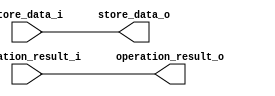
// SPDX-FileCopyrightText: 2020 Efabless Corporation
//
// Licensed under the Apache License, Version 2.0 (the "License");
// you may not use this file except in compliance with the License.
// You may obtain a copy of the License at
//
//      http://www.apache.org/licenses/LICENSE-2.0
//
// Unless required by applicable law or agreed to in writing, software
// distributed under the License is distributed on an "AS IS" BASIS,
// WITHOUT WARRANTIES OR CONDITIONS OF ANY KIND, either express or implied.
// See the License for the specific language governing permissions and
// limitations under the License.
// SPDX-License-Identifier: Apache-2.0


`default_nettype none
//-----------------------------------------------------
// Project Name : a.out
// Function     : Main processor 
// Description  : This is the main processor
// Coder        : Jaquer AND VORIXO

//***Headers***
//***Module***
module decoder_output #(
        parameter integer WORD_SIZE = 32
    )
    (
        `ifdef USE_POWER_PINS
        inout wire vdda1,	// User area 1 3.3V supply
        inout wire vdda2,	// User area 2 3.3V supply
        inout wire vssa1,	// User area 1 analog ground
        inout wire vssa2,	// User area 2 analog ground
        inout wire vccd1,	// User area 1 1.8V supply
        inout wire vccd2,	// User area 2 1.8v supply
        inout wire vssd1,	// User area 1 digital ground
        inout wire vssd2,	// User area 2 digital ground
        `endif
        input  wire [1 : 0] operation_result_i ,
        input  wire [WORD_SIZE - 1 : 0] store_data_i ,
        output wire [1 : 0] operation_result_o ,
        output wire [WORD_SIZE - 1 : 0] store_data_o 
    );

//***Internal logic generated by compiler***  
    

//***Dumped Internal logic***
    assign operation_result_o = operation_result_i;
    assign store_data_o = store_data_i;

    
//***Handcrafted Internal logic*** 
//TODO
endmodule